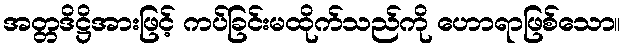
အတ္တဒိဋ္ဌိအားဖြင့် ကပ်ခြင်းမထိုက်သည်ကို ဟောရာဖြစ်သော။